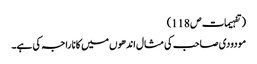
( تفہیمات ص 118)
مودودی صاحب کی مثال اندھوں میں کانا راجہ کی ہے۔